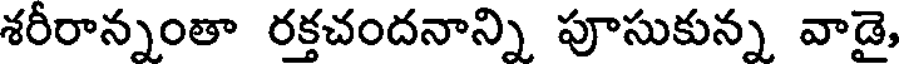
శరీరాన్నంతా రక్తచందనాన్ని పూసుకున్న వాడై,